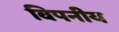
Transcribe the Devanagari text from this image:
विपनीय